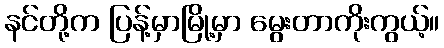
နင်တို့က ပြန့်မှာမြို့မှာ မွေးတာကိုးကွယ့်။